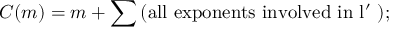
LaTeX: C ( m ) = m + \sum \mathrm { ( a l l ~ e x p o n e n t s ~ i n v o l v e d ~ i n ~ l ^ { \prime } ~ ) } ;